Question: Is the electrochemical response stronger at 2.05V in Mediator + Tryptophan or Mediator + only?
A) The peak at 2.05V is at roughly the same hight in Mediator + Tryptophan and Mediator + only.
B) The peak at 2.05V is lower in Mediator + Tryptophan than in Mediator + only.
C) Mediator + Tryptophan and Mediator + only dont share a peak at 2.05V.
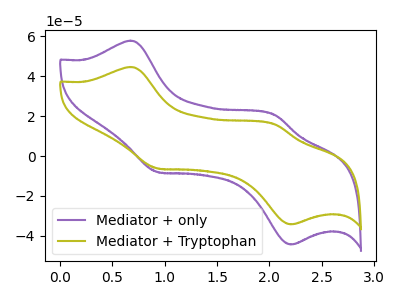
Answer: <think>The purple curve "Mediator + only" has anodic peaks at (0.70V, 57.90uA) (2.05V, 20.60uA) and cathodic peaks at (0.95V, -7.95uA) (2.20V, -44.35uA). The olive curve "Mediator + Tryptophan" has anodic peaks at (0.70V, 44.70uA) (2.05V, 15.90uA) and cathodic peaks at (0.95V, -6.15uA) (2.20V, -34.25uA).</think>
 <answer>B) The peak at 2.05V is lower in "Mediator + Tryptophan" than in "Mediator + only".</answer>
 <eval>B</eval>